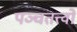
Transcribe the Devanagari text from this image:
पञ्चतत्त्वों